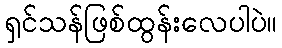
ရှင်သန်ဖြစ်ထွန်းလေပါပဲ။